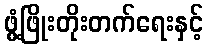
ဖွံ့ဖြိုးတိုးတက်ရေးနှင့်